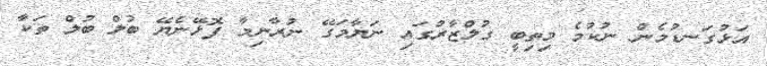
އަޅުގަނޑުމެން ނުކުމެ މިތިބީ ގުލްޒާރުގައި ނަޔާމަގޭ ނުރާނިމާ ފޮޅޭނެޔޭ ބުލް ބުލް ތަކާ